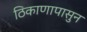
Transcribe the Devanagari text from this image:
ठिकाणापासुन